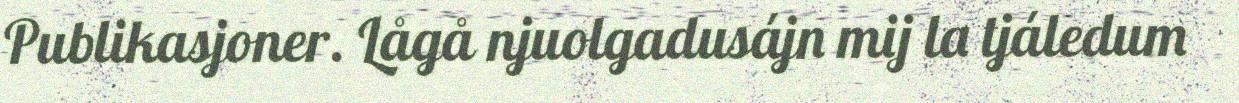
Publikasjoner. Lågå njuolgadusájn mij la tjáledum